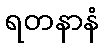
ရတနာနံ